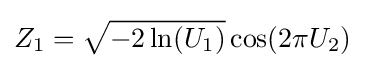
Z_{1}={\sqrt {-2\ln(U_{1})}}\cos(2\pi U_{2})